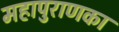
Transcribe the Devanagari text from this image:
महापुराणका